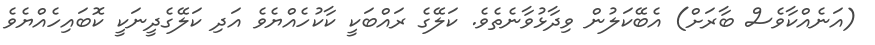
(އަނެއްކާވެސް ބާރަށް) އެބޭކަލުން ވިދާޅުވާނެތެވެ. ކަލޭގެ ރައްބަކީ ކާކުހެއްޔެވެ އަދި ކަލޭގެދީނަކީ ކޮބައިހެއްޔެވެ